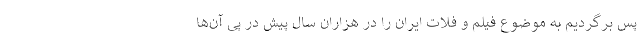
پس برگردیم به موضوع فیلم و فلات ایران را در هزاران سال پیش در پی آن‌ها